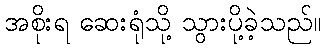
အစိုးရ ဆေးရုံသို့ သွားပို့ခဲ့သည်။